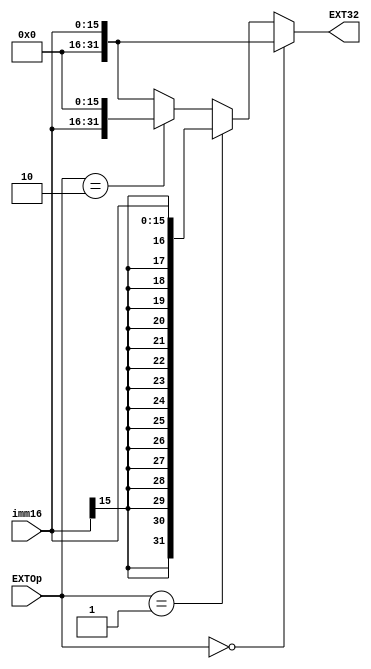
`timescale 1ns / 1ps
//////////////////////////////////////////////////////////////////////////////////
// Company: 
// Engineer: 
// 
// Design Name: 
// Module Name:    D_EXT 
// Project Name: 
// Target Devices: 
// Tool versions: 
// Description: 
//
// Dependencies: 
//
// Revision: 
// Revision 0.01 - File Created
// Additional Comments: 
//
//////////////////////////////////////////////////////////////////////////////////
module D_EXT(
    input [15:0] imm16,
    input [4:0] EXTOp,
    output [31:0] EXT32
    );
    
    wire [31:0] signext;
    assign signext = {{16{imm16[15]}}, imm16};
    
    assign EXT32 =  
        (EXTOp==5'd0)? {16'h0000, imm16}:   //
        (EXTOp==5'd1)? signext:             //
        (EXTOp==5'd2)? {imm16, 16'h0000}:   //
        {16'h0000, imm16};                      // 
        
endmodule